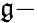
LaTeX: \mathfrak{g}-